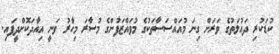
ކުޑަކުރި ދައުލަތުގެ ވަރަށް ގިނަ މުއައްސަސާތަކުގެ މުވައްޒަފުންގެ މުސާރަ މިހާރު ވަނީ އިއާދަކޮށްދީފައި.